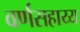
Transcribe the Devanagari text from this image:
वर्णसहाय्य